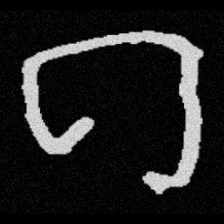
Pyu character \u2014 Myanmar letter: ဂ (romanized: ga)